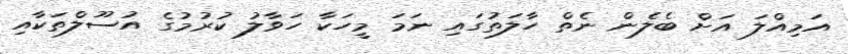
އަމިއްލަ އަށް ބެލެން ނެތް ހާލަތުގައި ނަމަ މީހަކާ ހަވާލު ކުރުމުގެ އުސޫލްތަކާއި